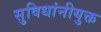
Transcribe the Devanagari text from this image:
सुविधांनीयुक्त